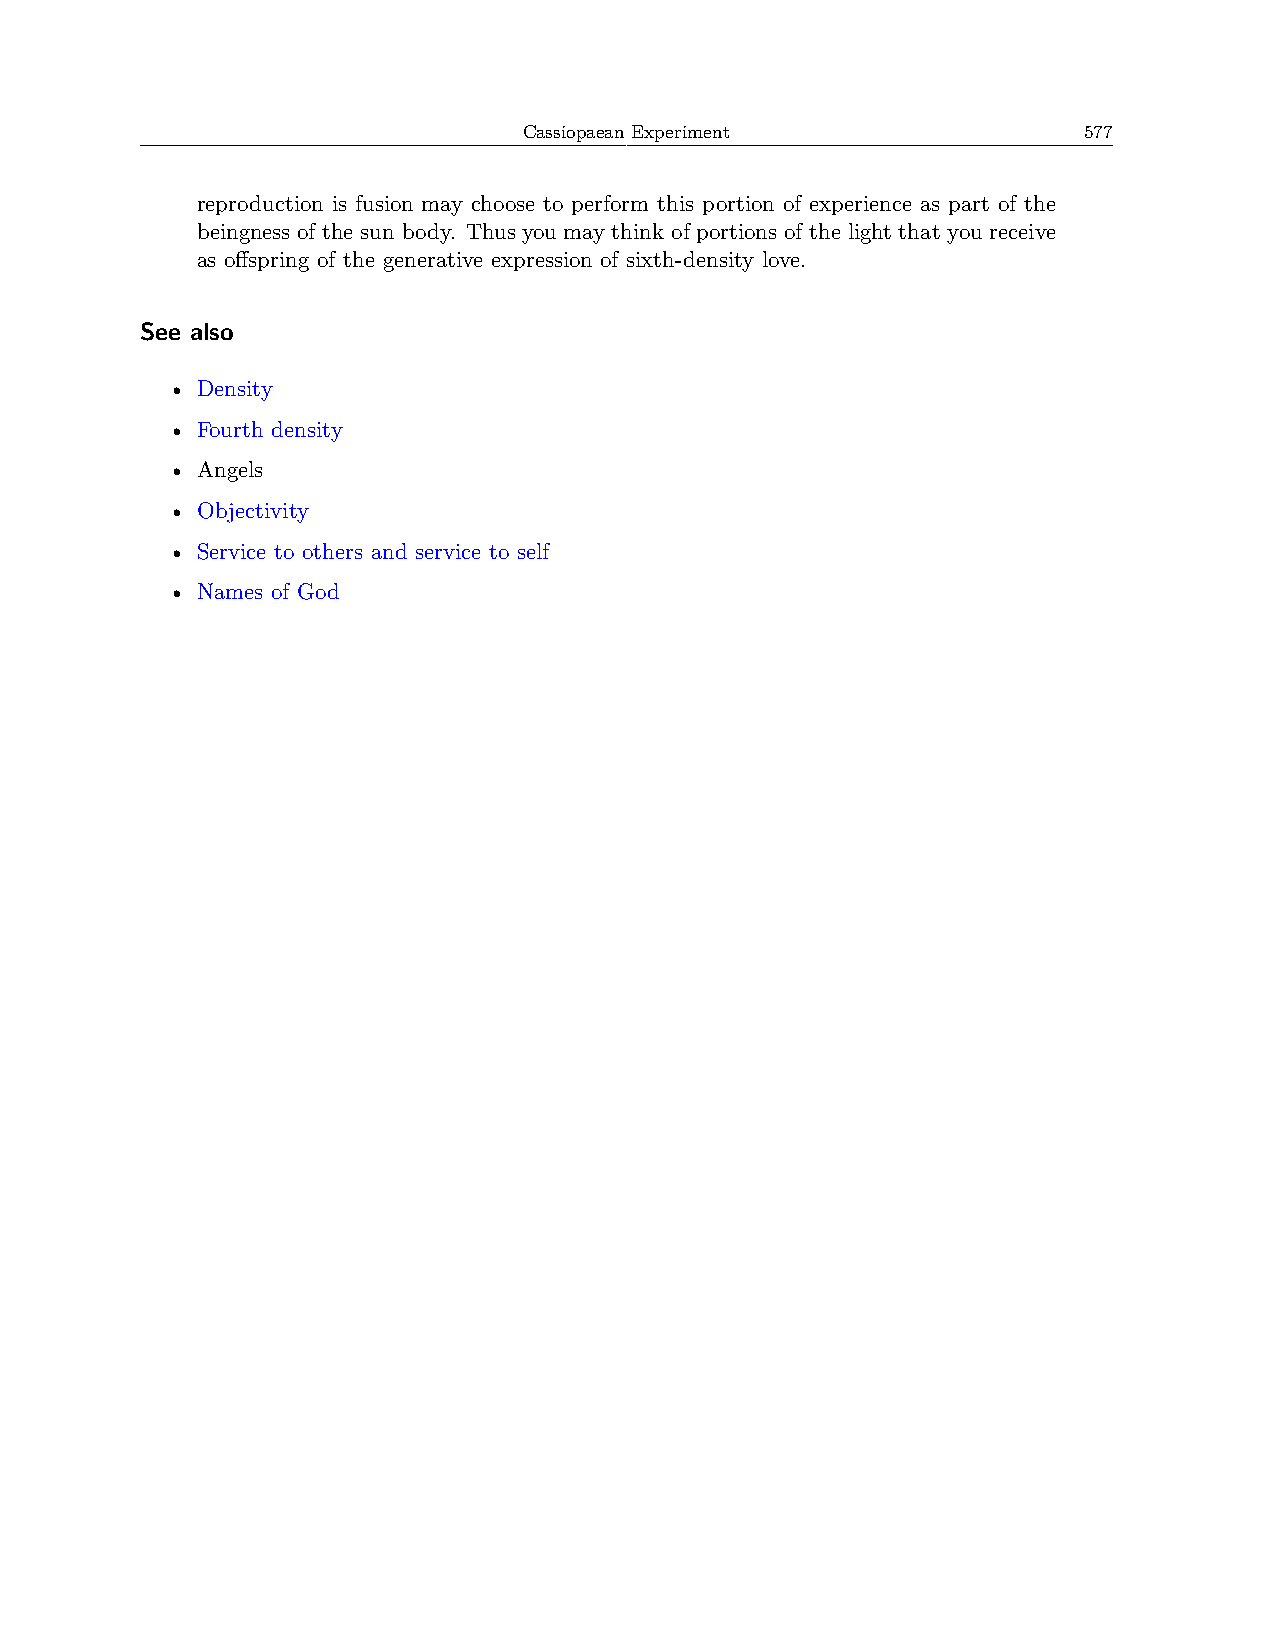
Cassiopaean Experiment               577
 reproduction is fusion may choose to perform this portion of experience as part of the
 beingness of the sun body. Thus you may think of portions of the light that you receive
 as offspring of the generative expression of sixth-density love.
 See also
 • Density
 • Fourth density
 • Angels
 • Objectivity
 • Service to others and service to self
 • Names of God